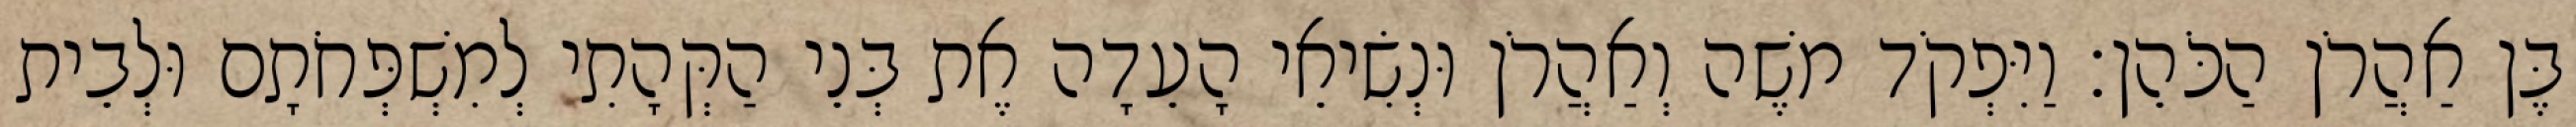
בֶּן אַהֲרֹן הַכֹּהֵן׃ וַיִּפְקֹד משֶׁה וְאַהֲרֹן וּנְשִׂיאֵי הָעֵדָה אֶת בְּנֵי הַקְּהָתִי לְמִשְׁפְּחֹתָם וּלְבֵית